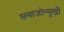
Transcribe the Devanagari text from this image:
समाजोन्मुखी